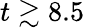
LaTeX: t\gtrsim 8.5